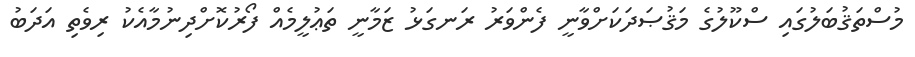
މުސްތަޤުބަލުގައި ސްކޫލުގެ މަޤުޞަދަކަށްވާނީ ފެންވަރު ރަނގަޅު ޒަމާނީ ތަޢުލީމެއް ފޯރުކޮށްދިނުމާއެކު ރިވެތި އަދަބު